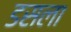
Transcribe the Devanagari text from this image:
डसला